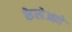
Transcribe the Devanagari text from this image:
केलेआहे